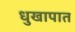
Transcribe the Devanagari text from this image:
धुखापात